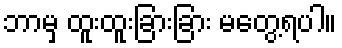
ဘာမှ ထူးထူးခြားခြား မတွေ့ရပါ။